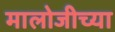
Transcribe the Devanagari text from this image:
मालोजीच्या